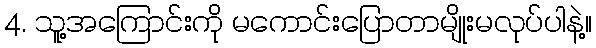
4. သူ့အကြောင်းကို မကောင်းပြောတာမျိုးမလုပ်ပါနဲ့။